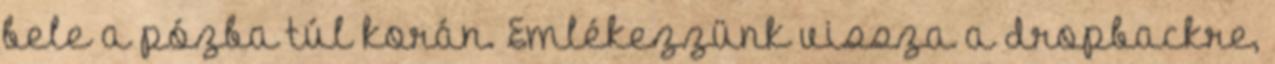
bele a pózba túl korán. Emlékezzünk vissza a dropbackre,